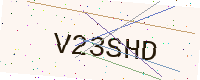
Text: V23SHD